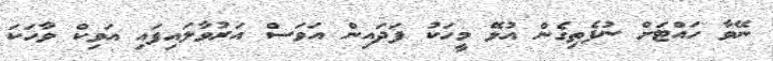
ނޭވާ ހައްޓަށް ނުފެތިގެން އުޅޭ މީހަކު ފަދައިން އަވަސް އަރުވާލައިފައި އަވިކް ވާހަކަ